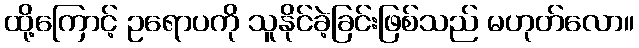
ထို့ကြောင့် ဥရောပကို သူနိုင်ခဲ့ခြင်းဖြစ်သည် မဟုတ်လော။